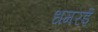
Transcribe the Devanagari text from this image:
धमरई